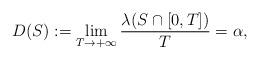
LaTeX: \begin{gather*}D(S):=\lim_{T\to+\infty}\frac{\lambda(S\cap[0,T])}{T}=\alpha,\end{gather*}